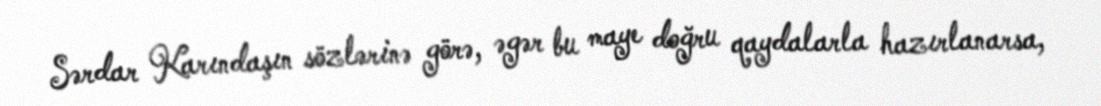
Sərdar Karındaşın sözlərinə görə, əgər bu maye doğru qaydalarla hazırlanarsa,